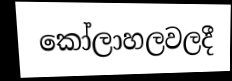
කෝලාහලවලදී